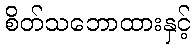
စိတ်သဘောထားနှင့်